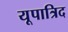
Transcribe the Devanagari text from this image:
यूपात्रिद